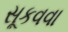
સૂકવવા